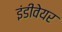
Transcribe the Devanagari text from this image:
इंडीवेयर